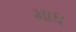
માધ